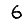
Digit: 6